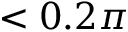
< 0 . 2 \pi